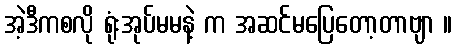
အဲ့ဒီကစလို ရုံးအုပ်မမနဲ့ က အဆင်မပြေတော့တာဗျာ ။